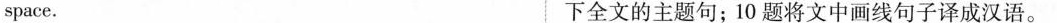
space. 下全文的主题句;10 题将文中画线句子译成汉语.